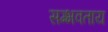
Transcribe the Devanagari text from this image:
सम्भवताय